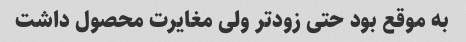
به موقع بود حتی زودتر ولی مغایرت محصول داشت